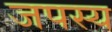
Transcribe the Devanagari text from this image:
जपस्य